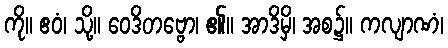
ကို။ ဧဝံ၊ သို့။ ဝေဒိတဗ္ဗော၊ ၏။ အာဒိမှိ၊ အစ၌။ ကလျာဏံ၊